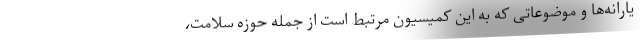
یارانه‌ها و موضوعاتی که به این کمیسیون مرتبط است از جمله حوزه سلامت،